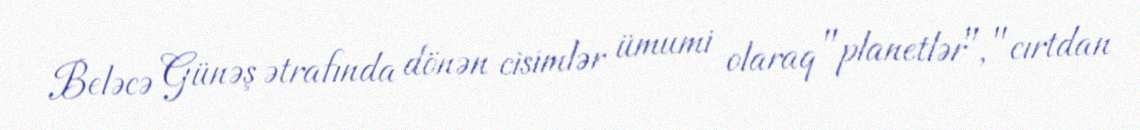
Beləcə Günəş ətrafında dönən cisimlər ümumi olaraq "planetlər", "cırtdan